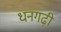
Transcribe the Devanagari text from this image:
धनगढ़ी